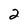
Character: 2